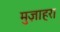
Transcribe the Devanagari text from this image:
मुज़ाहरा